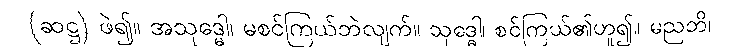
(ဆဋ္ဌ) ဖဲ၍။ အသုဒ္ဓေါ၊ မစင်ကြယ်ဘဲလျက်။ သုဒ္ဓေါ၊ စင်ကြယ်၏ဟူ၍။ မညတိ၊